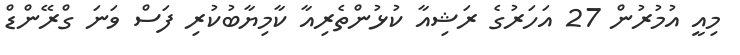
މިއީ އުމުރުން 27 އަހަރުގެ ރަޝިއާ ކުޅުންތެރިއާ ކާމިޔާބުކުރި ފަސް ވަނަ ގްރޭންޑް